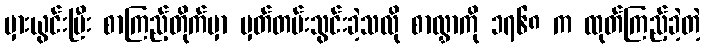
မှားယွင်းပြီး စာကြည့်တိုက်မှာ မှတ်တမ်းသွင်းခဲ့သလို စာလွှာကို ၁၇၆၈ က ထုတ်ကြည့်ခဲ့တဲ့